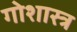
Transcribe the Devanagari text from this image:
गोशास्त्र